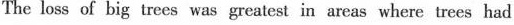
The loss of big trees was greatest in areas where trees had